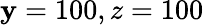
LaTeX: \mathbf{y}=100,\mathrm{{{}}}z=100